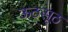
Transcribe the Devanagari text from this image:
ऊठसूठ